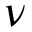
\nu